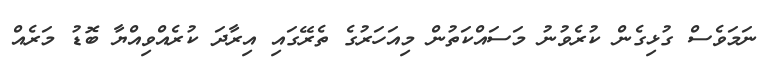
ނަމަވެސް ގުޅިގެން ކުރެވުނު މަސައްކަތުން މިއަހަރުގެ ތެރޭގައި އިރާދަ ކުރެއްވިއްޔާ ބޮޑު މަރެއް